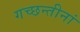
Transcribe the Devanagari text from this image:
गच्छन्तीनां